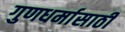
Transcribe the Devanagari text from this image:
गुणधर्मासाठी